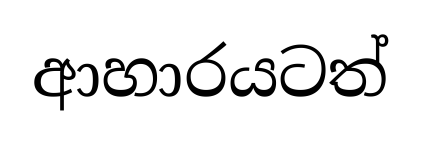
ආහාරයටත්